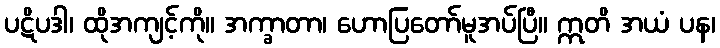
ပဋိပဒါ၊ ထိုအကျင့်ကို။ အက္ခာတာ၊ ဟောပြတော်မူအပ်ပြီ။ ဣတိ အယံ ပန၊